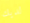
لديك